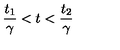
\frac { t _ { 1 } } { \gamma } < t < \frac { t _ { 2 } } { \gamma }